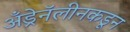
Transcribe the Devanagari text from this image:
अँड्रेनॅलीनकडून